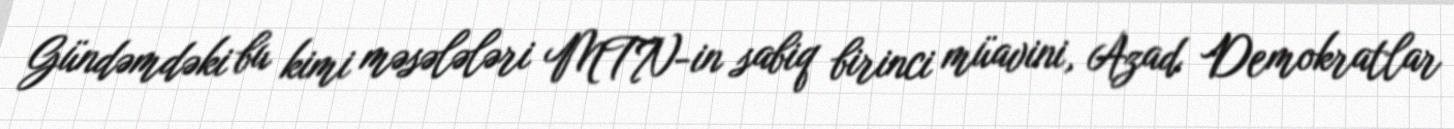
Gündəmdəki bu kimi məsələləri MTN-in sabiq birinci müavini, Azad Demokratlar